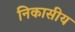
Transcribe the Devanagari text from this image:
निकासीय